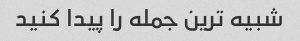
شبیه ترین جمله را پیدا کنید